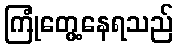
ကြုံတွေ့နေရသည်